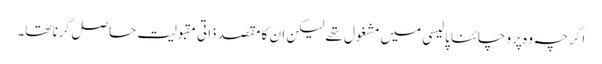
اگرچہ وہ پرو چائنا پالیسی میں مشغول تھے لیکن ان کا مقصد ذاتی مقبولیت حاصل کرنا تھا۔